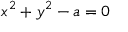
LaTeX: x ^ { 2 } + y ^ { 2 } - a = 0